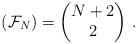
LaTeX: \begin{align*} (\mathcal{F}_N)=\begin{pmatrix} N+2\\2 \end{pmatrix}\,.\end{align*}